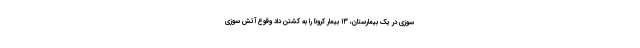
سوزی در یک بیمارستان، ۱۳ بیمار کرونا را به کشتن داد وقوع آتش سوزی